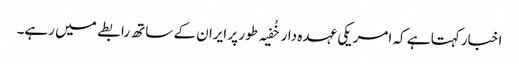
اخبار کہتا ہے کہ امریکی عہدہ دار خُفیہ طور پر ایران کے ساتھ رابطے میں رہے۔